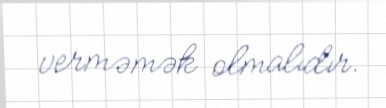
verməmək olmalıdır.